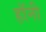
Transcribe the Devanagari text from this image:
हॉनी